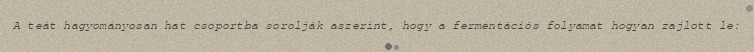
A teát hagyományosan hat csoportba sorolják aszerint, hogy a fermentációs folyamat hogyan zajlott le: